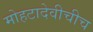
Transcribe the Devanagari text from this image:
मोहटादेवीचीच